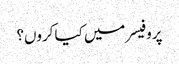
پروفیسر میں کیا کروں؟